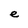
Character: e